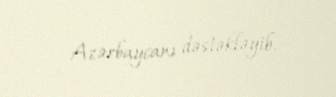
Azərbaycanı dəstəkləyib.